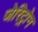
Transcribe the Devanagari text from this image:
जेरिट्रोन